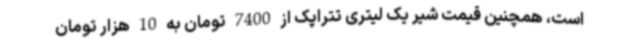
است، همچنین قیمت شیر یک لیتری تتراپک از 7400 تومان به 10 هزار تومان